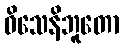
ဝိသေနိဘူတော